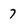
Character: 7